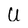
Character: U